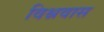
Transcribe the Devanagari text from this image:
विश्नवास